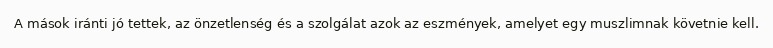
A mások iránti jó tettek, az önzetlenség és a szolgálat azok az eszmények, amelyet egy muszlimnak követnie kell.